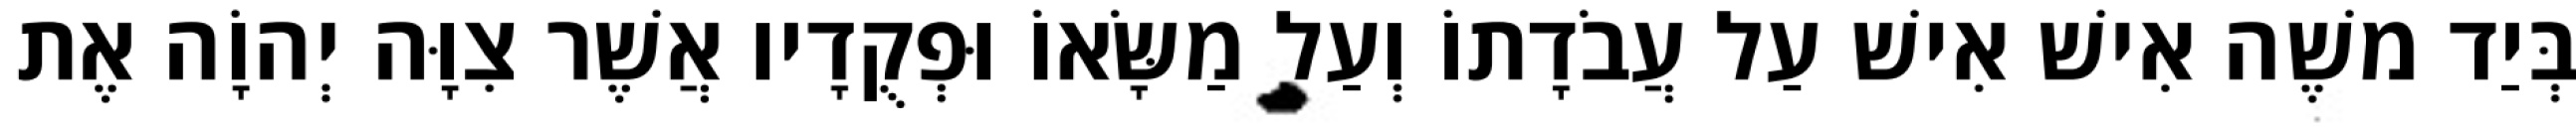
בְּיַד משֶׁה אִישׁ אִישׁ עַל עֲבֹדָתוֹ וְעַל מַשָּׂאוֹ וּפְקֻדָיו אֲשֶׁר צִוָּה יְהוָֹה אֶת